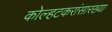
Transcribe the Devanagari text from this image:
कोल्हटकरांसारख्या